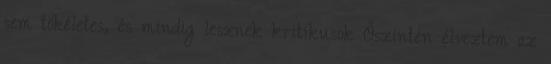
sem tökéletes, és mindig lesznek kritikusok Őszintén élveztem az